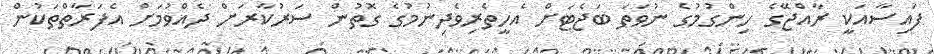
ފައިސާއަކީ ރާއްޖޭގެ ހިންގުމުގެ ނުވަތަ ބަޖެޓަށް އެހީތެރިވެދިނުމުގެ ގޮތުން ސަރުކާރަށް ދެއްވުމަށް އެފަރާތްތަކުން